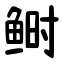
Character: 鲥